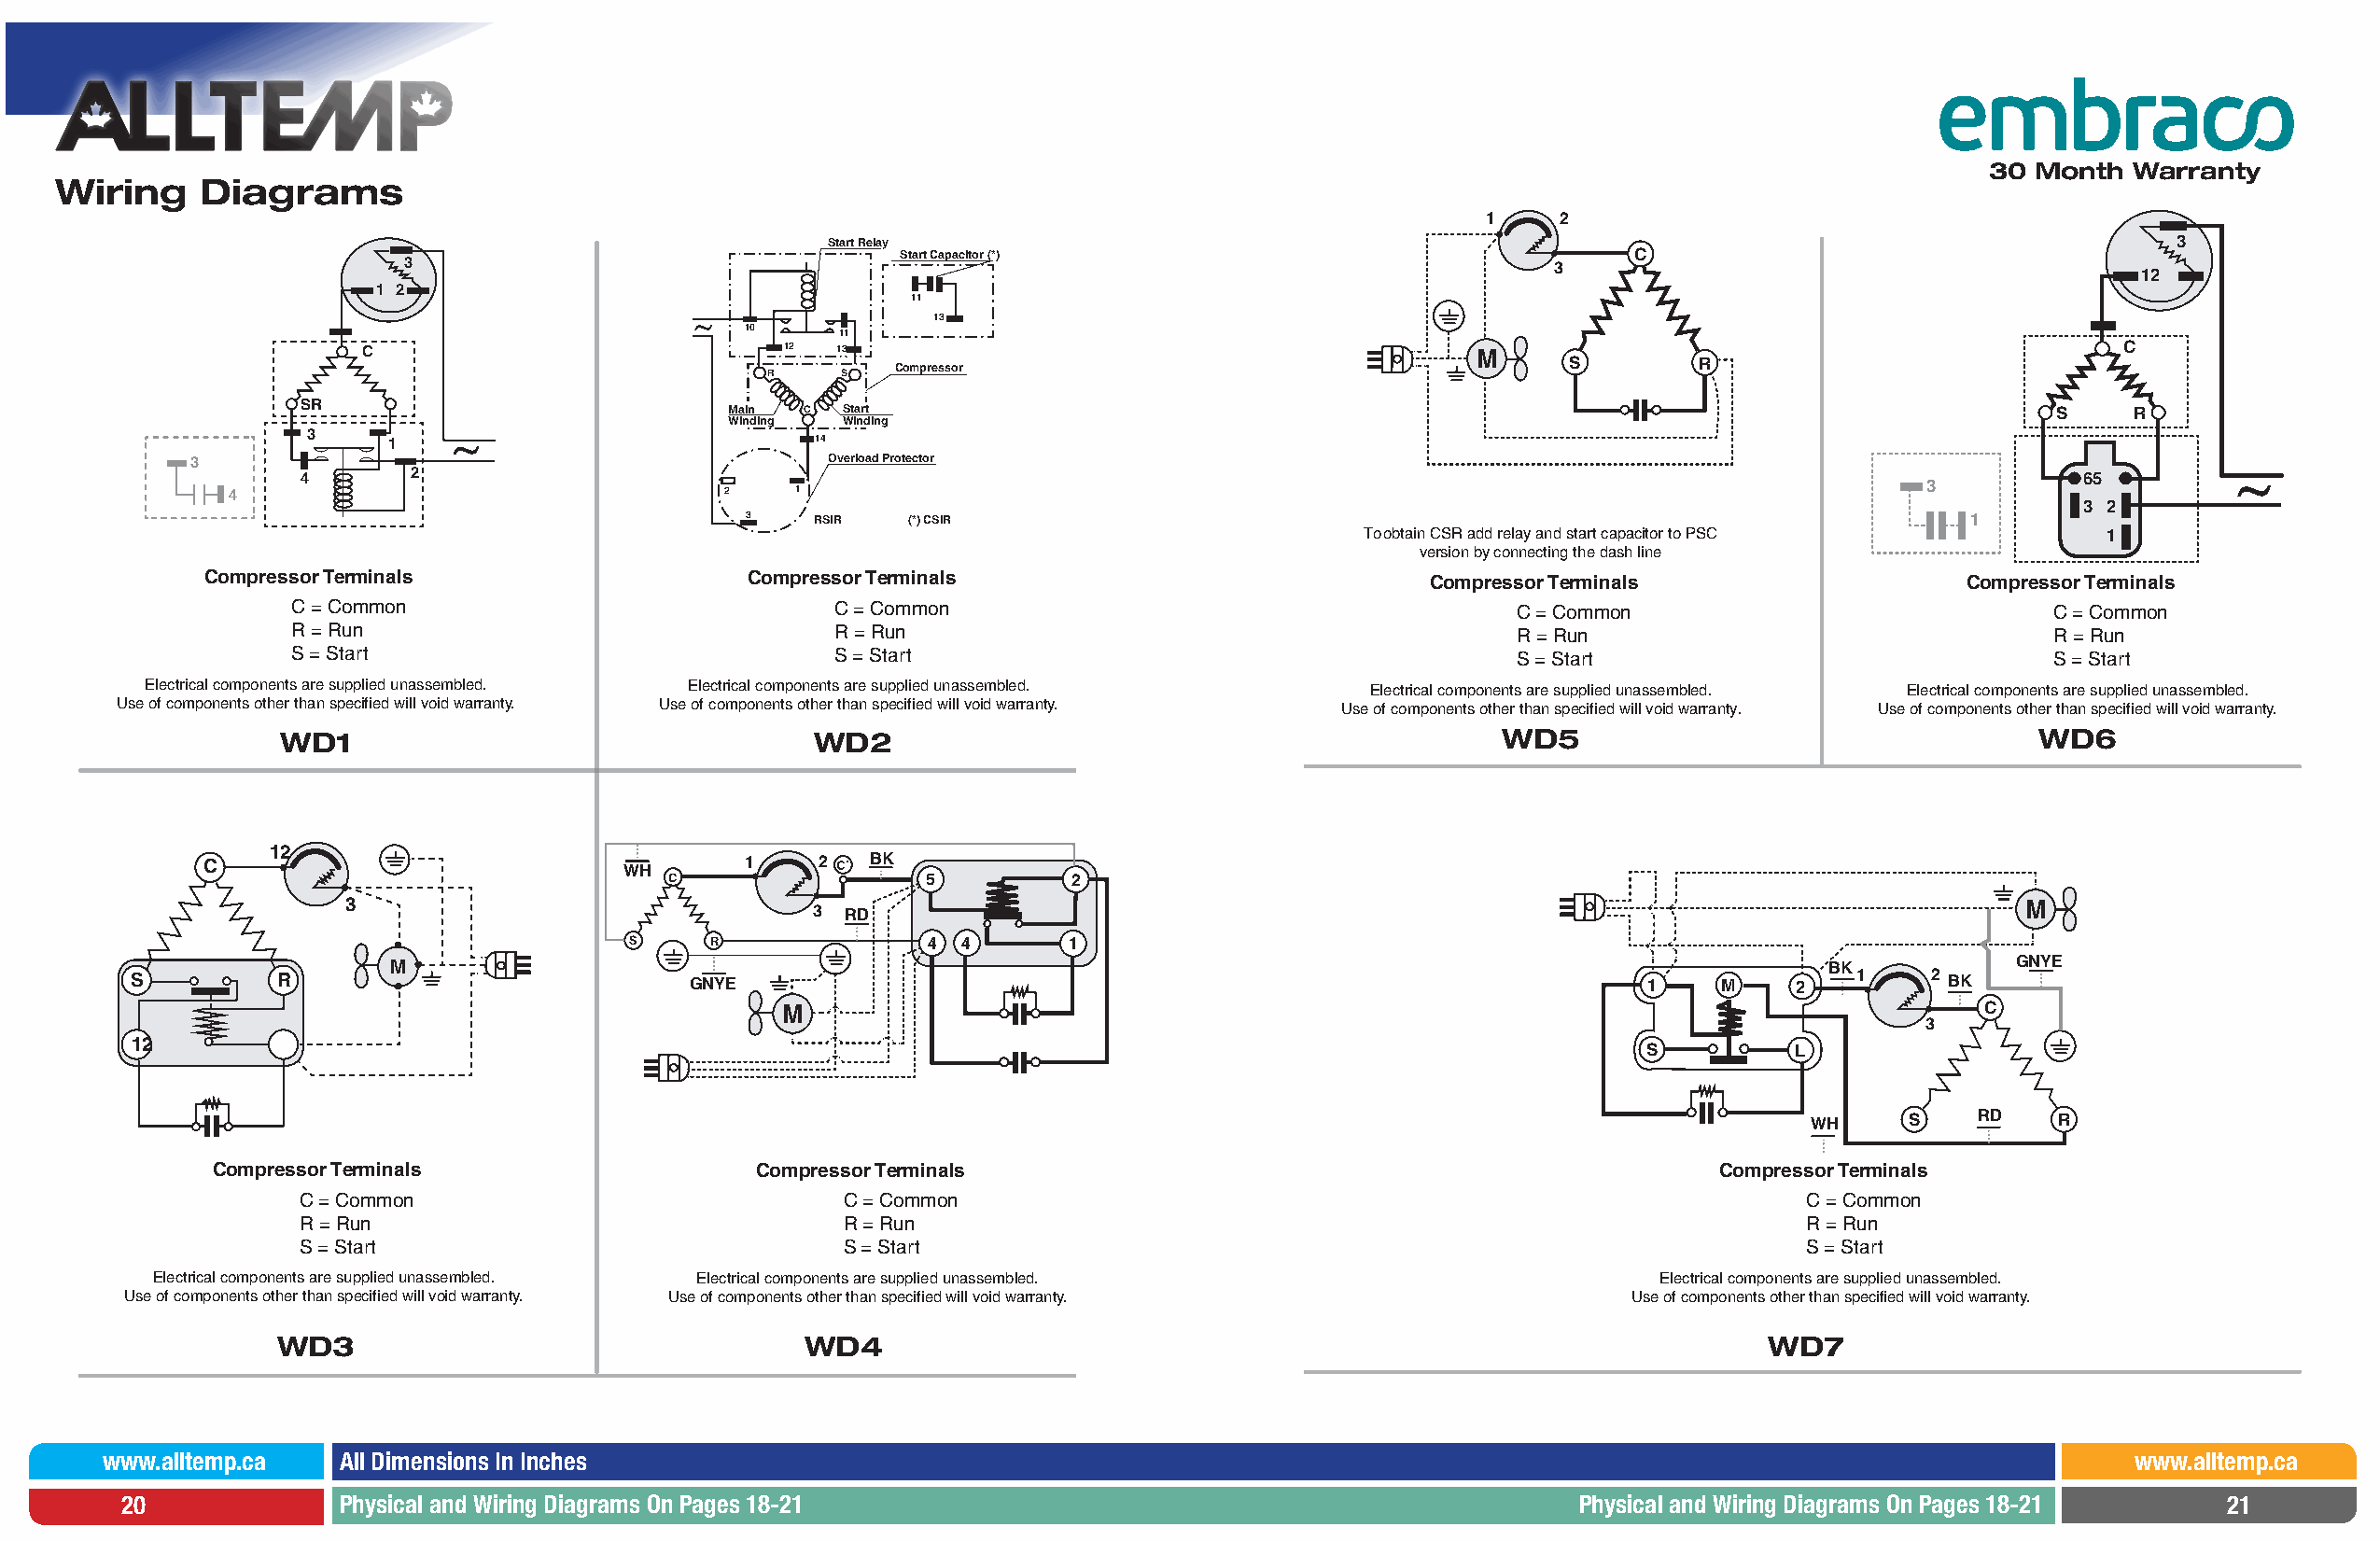
30 Month  Warranty
 Wiring    Diagrams
 1     2
 Start Relay                                                                                    3
 Start Capacitor (*)                                 C
 3                                                                                3
 12
 1 2
 11
 13
 10
 11
 C                             12 13                                            M                                             C
 S         R
 Compressor
 R     S
 SR                             Main C  Start                                                                                 S    R
 Winding Winding
 3
 1                             14
 3                                             Overload Protector
 4       2                                                                                                                      65
 3
 4                                  2    1
 3 2
 3    RSIR  (*) CSIR                                                                    1
 To obtain CSR add relay and start capacitor to PSC  1
 version by connecting the dash line
 Compressor Terminals                  Compressor Terminals                            Compressor Terminals                  Compressor Terminals
 C = Common                            C = Common                                       C = Common                            C = Common
 R = Run                               R = Run                                          R = Run                               R = Run
 S = Start                             S = Start                                        S = Start                             S = Start
 Electrical components are supplied unassembled. Electrical components are supplied unassembled. Electrical components are supplied unassembled. Electrical components are supplied unassembled.
 Use of components other than specified will void warranty. Use of components other than specified will void warranty. Use of components other than specified will void warranty. Use of components other than specified will void warranty.
 WD1                                   WD2                                              WD5                                   WD6
 12
 C                                      1    2   BK
 WH
 C                  5         2
 3                                 3 RD                                                                                  M
 S    R               4 4       1
 M                                                                                                     BK           GNYE
 S          R                            GNYE                                                                1    M    2    1    2 BK
 M                                                                                     C
 3
 12
 S         L
 WH     S    RD    R
 Compressor Terminals                   Compressor Terminals                                                Compressor Terminals
 C = Common                             C = Common                                                          C = Common
 R = Run                                R = Run                                                             R = Run
 S = Start                              S = Start                                                           S = Start
 Electrical components are supplied unassembled. Electrical components are supplied unassembled.            Electrical components are supplied unassembled.
 Use of components other than specified will void warranty. Use of components other than specified will void warranty. Use of components other than specified will void warranty.
 WD3                                  WD4                                                                 WD7
 www.alltemp.ca   All Dimensions In Inches                                                                                                       www.alltemp.ca
 20             Physical and Wiring Diagrams On Pages 18-21                                             Physical and Wiring Diagrams On Pages 18-21   21